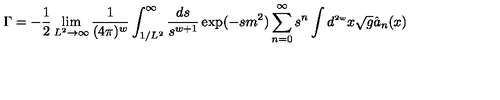
\Gamma = - \frac { 1 } { 2 } \lim _ { L ^ { 2 } \rightarrow \infty } \frac { 1 } { ( 4 \pi ) ^ { w } } \int _ { 1 / L ^ { 2 } } ^ { \infty } \frac { d s } { s ^ { w + 1 } } \exp ( - s m ^ { 2 } ) \sum _ { n = 0 } ^ { \infty } s ^ { n } \int d ^ { \scriptscriptstyle { 2 w } } x \sqrt { g } \hat { a } _ { n } ( x )